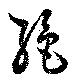
絶